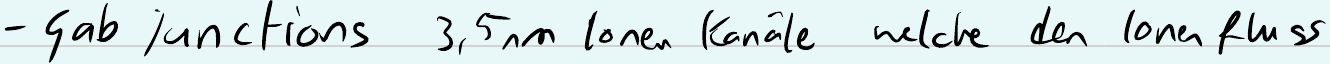
- Gab junctions 3,5nm Ionen Kanäle welche den Ionenfluss